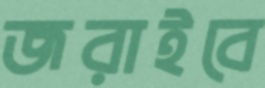
জরাইবে